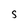
Character: S